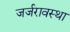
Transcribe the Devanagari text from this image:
जर्जरावस्था